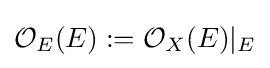
{\mathcal {O}}_{E}(E):={\mathcal {O}}_{X}(E)|_{E}